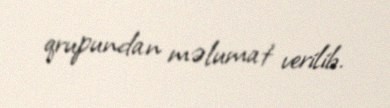
qrupundan məlumat verilib.